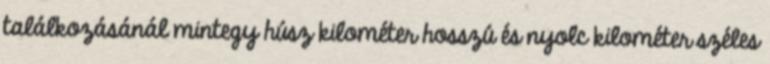
találkozásánál mintegy húsz kilométer hosszú és nyolc kilométer széles